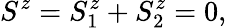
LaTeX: S^{z}=S_{1}^{z}+S_{2}^{z}=0,